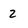
Character: Z